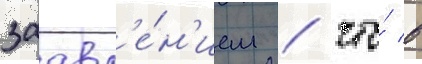
заавл'е́н'ием / что́ в